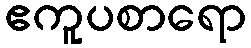
ဧကူပစာရော